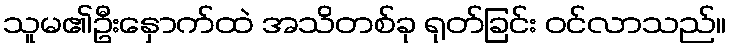
သူမ၏ဦးနှောက်ထဲ အသိတစ်ခု ရုတ်ခြင်း ဝင်လာသည်။